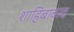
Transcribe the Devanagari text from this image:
शाहिबाबाद